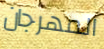
المهرجان